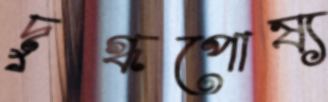
দুগ্ধপোষ্য